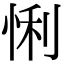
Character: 悧